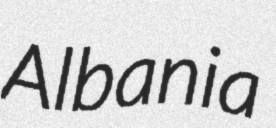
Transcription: Albania